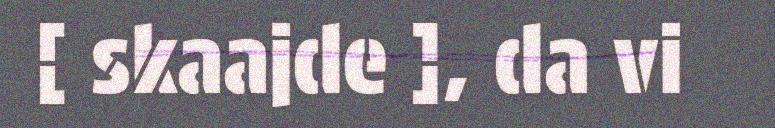
[ skaajde ], da vi